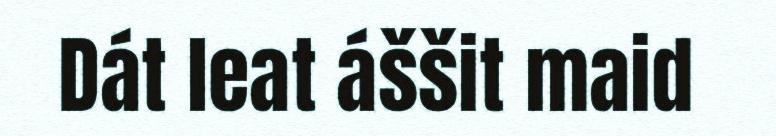
Dát leat áššit maid